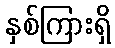
နှစ်ကြားရှိ